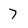
Character: 7